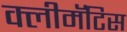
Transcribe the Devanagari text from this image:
क्लीमॅटिस